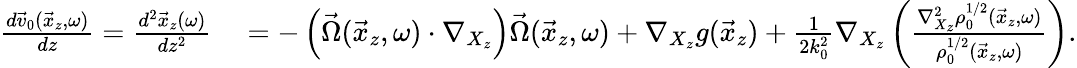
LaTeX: \begin{array}{rl}{\frac{d\vec{v}_{0}(\vec{x}_{z},\omega)}{dz}=\frac{d^{2}\vec{x}_{z}(\omega)}{dz^{2}}}&{{}=-\left(\vec{\Omega}(\vec{x}_{z},\omega)\cdot\nabla_{X_{z}}\right)\vec{\Omega}(\vec{x}_{z},\omega)+\nabla_{X_{z}}g(\vec{x}_{z})+\frac{1}{2k_{0}^{2}}\nabla_{X_{z}}\left(\frac{\nabla_{X_{z}}^{2}\rho_{0}^{1/2}(\vec{x}_{z},\omega)}{\rho_{0}^{1/2}(\vec{x}_{z},\omega)}\right).}\end{array}